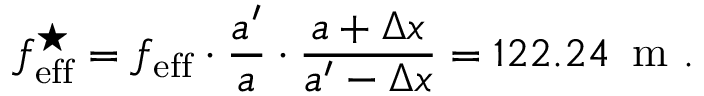
f _ { \mathrm { e f f } } ^ { \star } = f _ { \mathrm { e f f } } \cdot \frac { a ^ { \prime } } { a } \cdot \frac { a + \Delta x } { a ^ { \prime } - \Delta x } = 1 2 2 . 2 4 \, \mathrm { ~ m ~ . ~ }